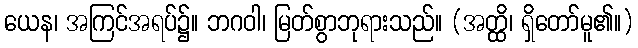
ယေန၊ အကြင်အရပ်၌။ ဘဂဝါ၊ မြတ်စွာဘုရားသည်။ (အတ္ထိ၊ ရှိတော်မူ၏။)